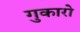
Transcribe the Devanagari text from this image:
गुकारो